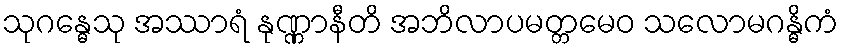
သုဂန္ဓေသု အဿာရံ နုဏ္ဏာနီတိ အဘိလာပမတ္တမေဝ သလောမဂန္ဓိကံ